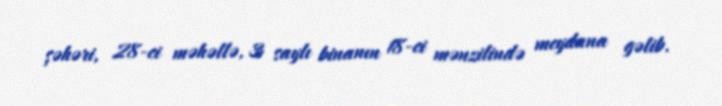
şəhəri, 28-ci məhəllə, 3 saylı binanın 18-ci mənzilində meydana gəlib.